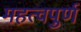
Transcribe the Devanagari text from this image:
महत्‍वपुर्ण